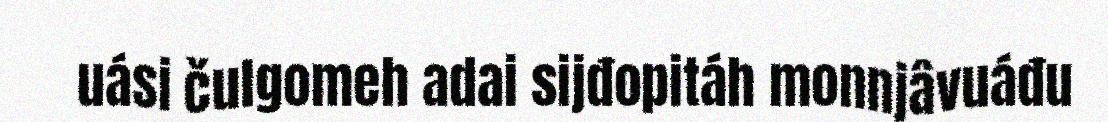
uási čulgomeh adai sijđopitáh monnjâvuáđu